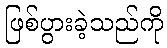
ဖြစ်ပွားခဲ့သည်ကို